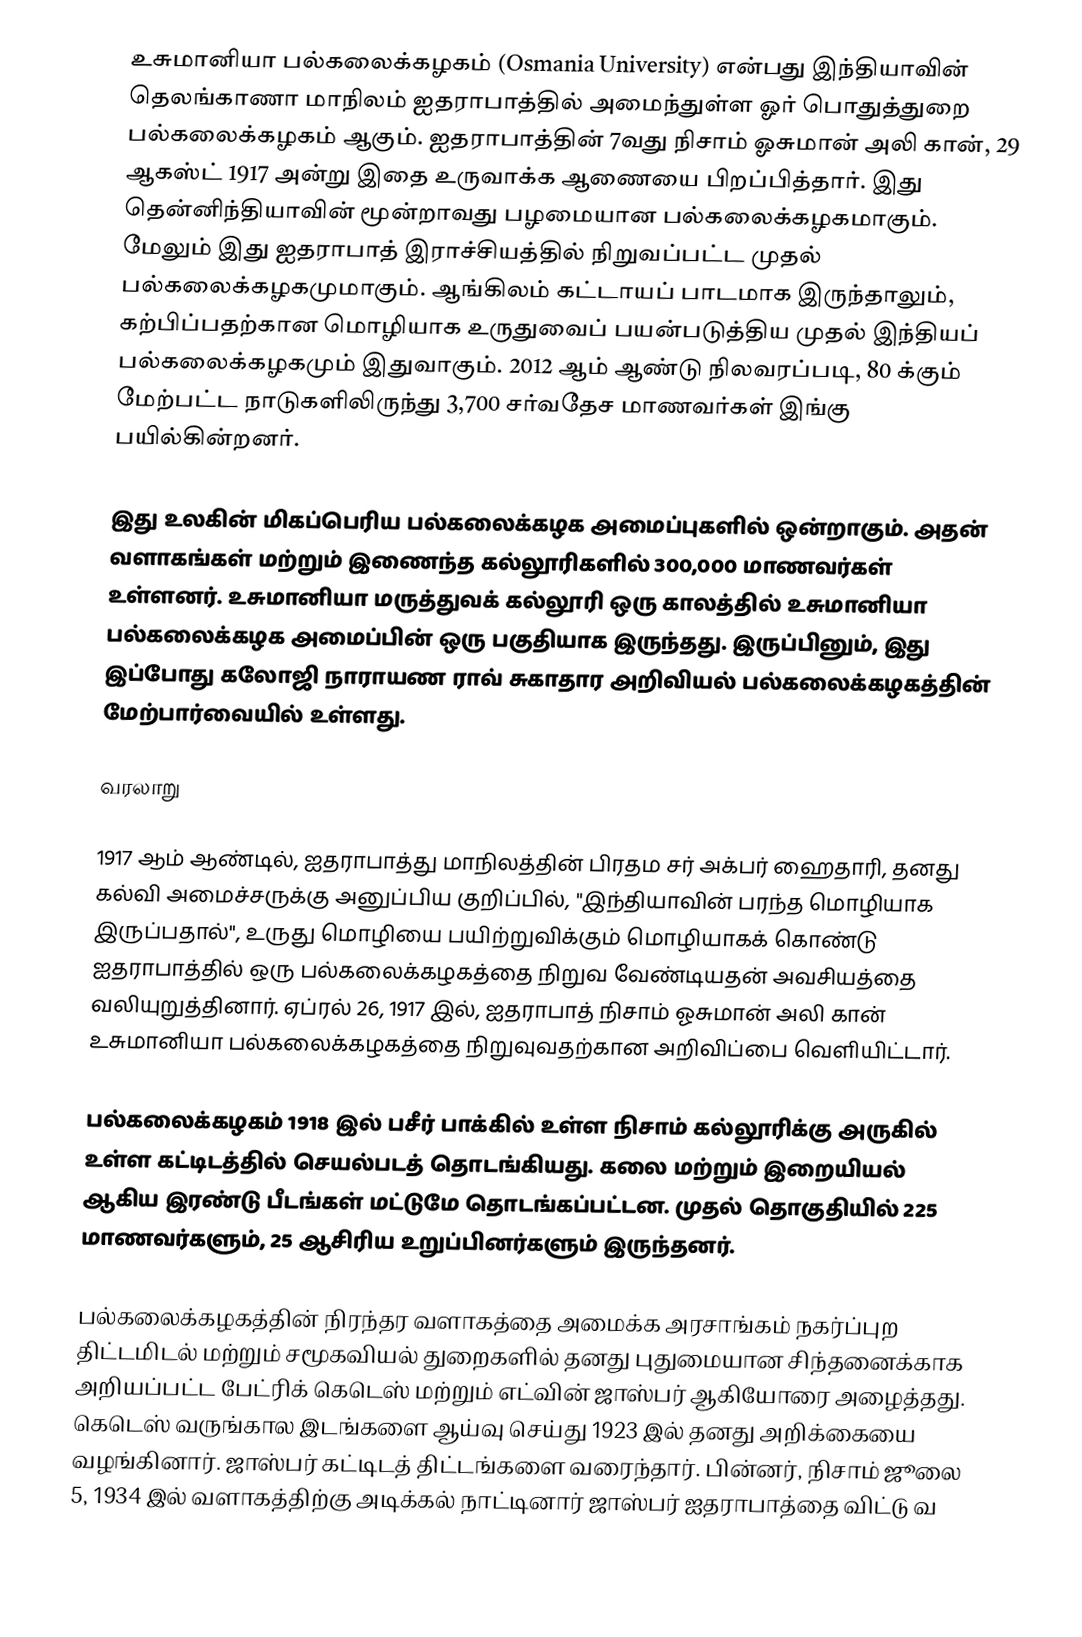
உசுமானியா பல்கலைக்கழகம் (Osmania University) என்பது இந்தியாவின் தெலங்காணா மாநிலம் ஐதராபாத்தில் அமைந்துள்ள ஓர் பொதுத்துறை பல்கலைக்கழகம் ஆகும். ஐதராபாத்தின் 7வது நிசாம் ஓசுமான் அலி கான், 29 ஆகஸ்ட் 1917 அன்று இதை உருவாக்க ஆணையை பிறப்பித்தார். இது தென்னிந்தியாவின் மூன்றாவது பழமையான பல்கலைக்கழகமாகும். மேலும் இது ஐதராபாத் இராச்சியத்தில் நிறுவப்பட்ட முதல் பல்கலைக்கழகமுமாகும்.    ஆங்கிலம் கட்டாயப் பாடமாக இருந்தாலும், கற்பிப்பதற்கான மொழியாக உருதுவைப் பயன்படுத்திய முதல் இந்தியப் பல்கலைக்கழகமும் இதுவாகும்.  2012 ஆம் ஆண்டு நிலவரப்படி, 80 க்கும் மேற்பட்ட நாடுகளிலிருந்து 3,700 சர்வதேச மாணவர்கள் இங்கு பயில்கின்றனர்.

இது உலகின் மிகப்பெரிய பல்கலைக்கழக அமைப்புகளில் ஒன்றாகும். அதன் வளாகங்கள் மற்றும் இணைந்த கல்லூரிகளில் 300,000 மாணவர்கள் உள்ளனர். உசுமானியா மருத்துவக் கல்லூரி ஒரு காலத்தில் உசுமானியா பல்கலைக்கழக அமைப்பின் ஒரு பகுதியாக இருந்தது.  இருப்பினும், இது இப்போது கலோஜி நாராயண ராவ் சுகாதார அறிவியல் பல்கலைக்கழகத்தின் மேற்பார்வையில் உள்ளது.

வரலாறு

1917 ஆம் ஆண்டில், ஐதராபாத்து மாநிலத்தின் பிரதம சர் அக்பர் ஹைதாரி, தனது கல்வி அமைச்சருக்கு அனுப்பிய குறிப்பில், "இந்தியாவின் பரந்த மொழியாக இருப்பதால்", உருது மொழியை பயிற்றுவிக்கும் மொழியாகக் கொண்டு ஐதராபாத்தில் ஒரு பல்கலைக்கழகத்தை நிறுவ வேண்டியதன் அவசியத்தை வலியுறுத்தினார்.  ஏப்ரல் 26, 1917 இல், ஐதராபாத் நிசாம்  ஓசுமான் அலி கான் உசுமானியா பல்கலைக்கழகத்தை நிறுவுவதற்கான அறிவிப்பை வெளியிட்டார்.

பல்கலைக்கழகம் 1918 இல் பசீர் பாக்கில் உள்ள நிசாம் கல்லூரிக்கு அருகில் உள்ள கட்டிடத்தில் செயல்படத் தொடங்கியது.  கலை மற்றும் இறையியல் ஆகிய இரண்டு பீடங்கள் மட்டுமே தொடங்கப்பட்டன. முதல் தொகுதியில் 225 மாணவர்களும், 25 ஆசிரிய உறுப்பினர்களும் இருந்தனர்.

பல்கலைக்கழகத்தின் நிரந்தர வளாகத்தை அமைக்க அரசாங்கம் நகர்ப்புற திட்டமிடல் மற்றும் சமூகவியல் துறைகளில் தனது புதுமையான சிந்தனைக்காக அறியப்பட்ட பேட்ரிக் கெடெஸ் மற்றும் எட்வின் ஜாஸ்பர் ஆகியோரை அழைத்தது.  கெடெஸ் வருங்கால இடங்களை ஆய்வு செய்து  1923 இல் தனது அறிக்கையை வழங்கினார். ஜாஸ்பர் கட்டிடத் திட்டங்களை வரைந்தார். பின்னர், நிசாம் ஜூலை 5, 1934 இல் வளாகத்திற்கு அடிக்கல் நாட்டினார்  ஜாஸ்பர் ஐதராபாத்தை விட்டு வ